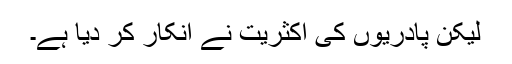
لیکن پادریوں کی اکثریت نے انکار کر دیا ہے۔